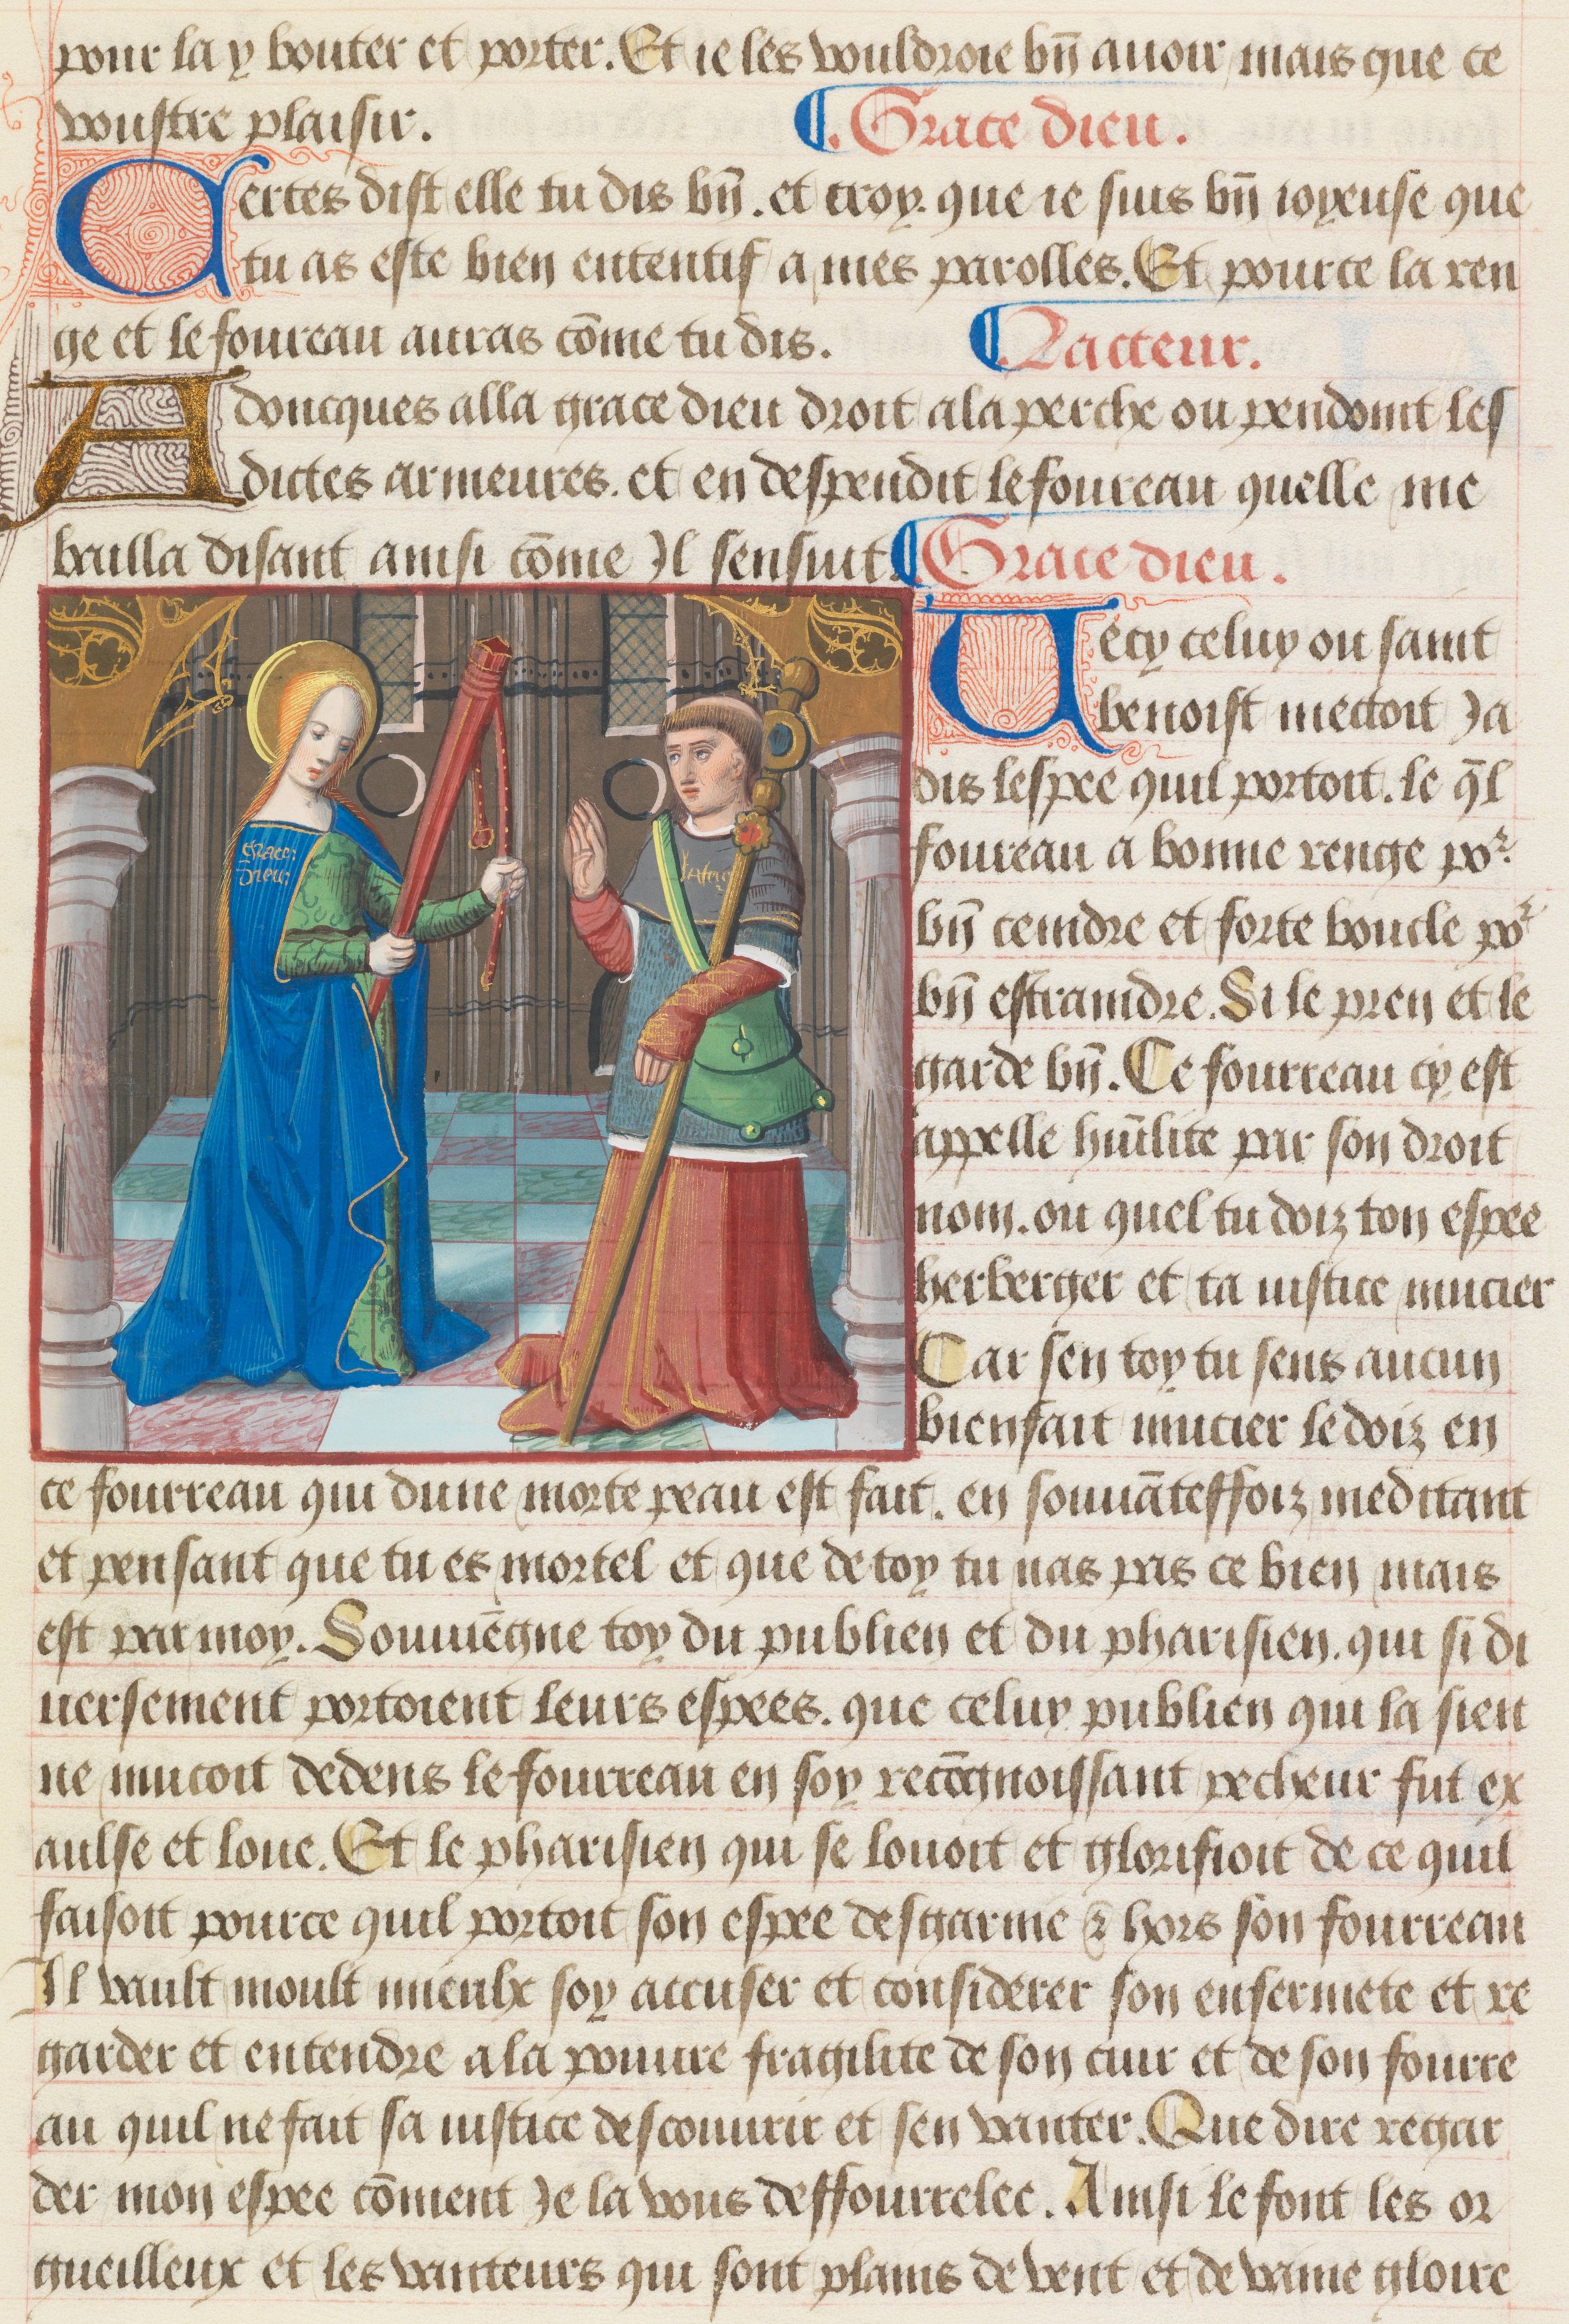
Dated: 1475–1499